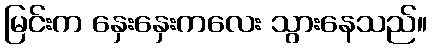
မြင်းက နှေးနှေးကလေး သွားနေသည်။